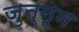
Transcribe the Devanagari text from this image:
जुन्नून